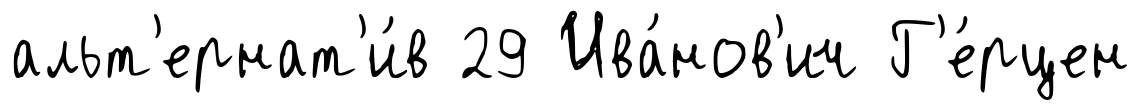
альт'ернат'и́в 29 Ива́нов'ич Г'е́рцен